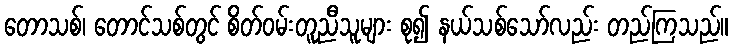
တောသစ်၊ တောင်သစ်တွင် စိတ်ဝမ်းတူညီသူများ စု၍ နယ်သစ်သော်လည်း တည်ကြသည်။